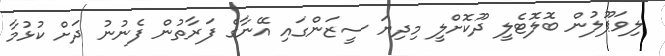
ލިވަޕޫލުން ބޮލޮޓެލީ ދޫކޮށްލީ މިދިޔަ ސީޒަންގައި އޭނާގެ ފަރާތުން ފެނުނު ދަށް ކުޅުމާ